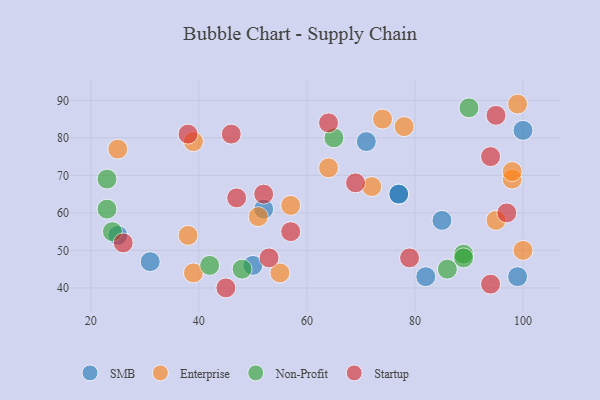
{"axis": {"x": "GDP", "y": "Life Expectancy"}, "legend": ["Enterprise", "Non-Profit", "SMB", "Startup"], "data": [{"x": "52", "y": 61, "type": "SMB"}, {"x": "77", "y": 65, "type": "SMB"}, {"x": "82", "y": 43, "type": "SMB"}, {"x": "71", "y": 79, "type": "SMB"}, {"x": "77", "y": 65, "type": "SMB"}, {"x": "25", "y": 54, "type": "SMB"}, {"x": "85", "y": 58, "type": "SMB"}, {"x": "50", "y": 46, "type": "SMB"}, {"x": "99", "y": 43, "type": "SMB"}, {"x": "100", "y": 82, "type": "SMB"}, {"x": "31", "y": 47, "type": "SMB"}, {"x": "100", "y": 50, "type": "Enterprise"}, {"x": "64", "y": 72, "type": "Enterprise"}, {"x": "25", "y": 77, "type": "Enterprise"}, {"x": "98", "y": 69, "type": "Enterprise"}, {"x": "38", "y": 54, "type": "Enterprise"}, {"x": "39", "y": 79, "type": "Enterprise"}, {"x": "99", "y": 89, "type": "Enterprise"}, {"x": "98", "y": 71, "type": "Enterprise"}, {"x": "95", "y": 58, "type": "Enterprise"}, {"x": "51", "y": 59, "type": "Enterprise"}, {"x": "57", "y": 62, "type": "Enterprise"}, {"x": "74", "y": 85, "type": "Enterprise"}, {"x": "72", "y": 67, "type": "Enterprise"}, {"x": "39", "y": 44, "type": "Enterprise"}, {"x": "55", "y": 44, "type": "Enterprise"}, {"x": "78", "y": 83, "type": "Enterprise"}, {"x": "86", "y": 45, "type": "Non-Profit"}, {"x": "23", "y": 61, "type": "Non-Profit"}, {"x": "42", "y": 46, "type": "Non-Profit"}, {"x": "24", "y": 55, "type": "Non-Profit"}, {"x": "65", "y": 80, "type": "Non-Profit"}, {"x": "23", "y": 69, "type": "Non-Profit"}, {"x": "48", "y": 45, "type": "Non-Profit"}, {"x": "89", "y": 49, "type": "Non-Profit"}, {"x": "89", "y": 48, "type": "Non-Profit"}, {"x": "90", "y": 88, "type": "Non-Profit"}, {"x": "46", "y": 81, "type": "Startup"}, {"x": "47", "y": 64, "type": "Startup"}, {"x": "52", "y": 65, "type": "Startup"}, {"x": "97", "y": 60, "type": "Startup"}, {"x": "38", "y": 81, "type": "Startup"}, {"x": "94", "y": 75, "type": "Startup"}, {"x": "57", "y": 55, "type": "Startup"}, {"x": "94", "y": 41, "type": "Startup"}, {"x": "45", "y": 40, "type": "Startup"}, {"x": "79", "y": 48, "type": "Startup"}, {"x": "53", "y": 48, "type": "Startup"}, {"x": "69", "y": 68, "type": "Startup"}, {"x": "26", "y": 52, "type": "Startup"}, {"x": "95", "y": 86, "type": "Startup"}, {"x": "64", "y": 84, "type": "Startup"}]}